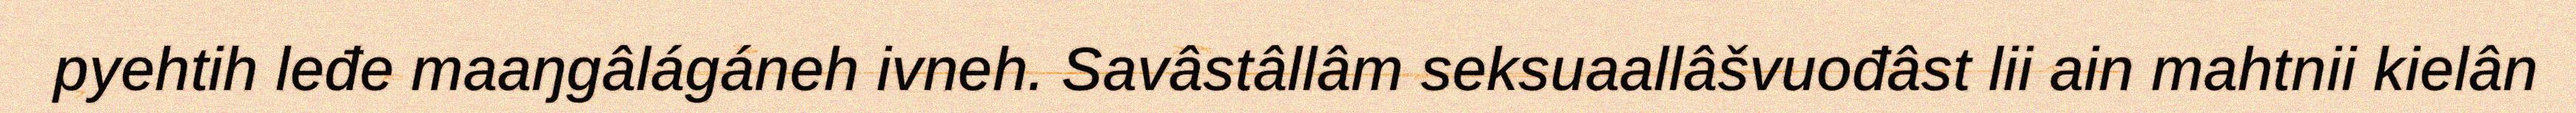
pyehtih leđe maaŋgâlágáneh ivneh. Savâstâllâm seksuaallâšvuođâst lii ain mahtnii kielân